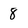
Character: 8